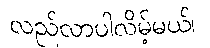
လည်လာပါလိမ့်မယ်၊